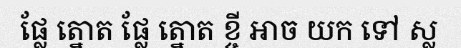
ផ្លែ ត្នោត ផ្លែ ត្នោត ខ្ចី អាច យក ទៅ ស្ល